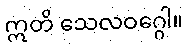
ဣတိ သေလဝဂ္ဂေါ။